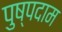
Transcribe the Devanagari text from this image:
पुष्पदाम